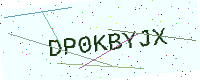
Text: DP0KBYJX